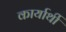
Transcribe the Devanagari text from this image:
कार्यार्थी